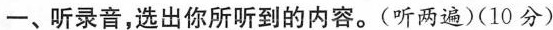
一、听录音,选出你所听到的内容。(听两遍)(10 分)